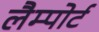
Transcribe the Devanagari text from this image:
लैम्पोर्ट